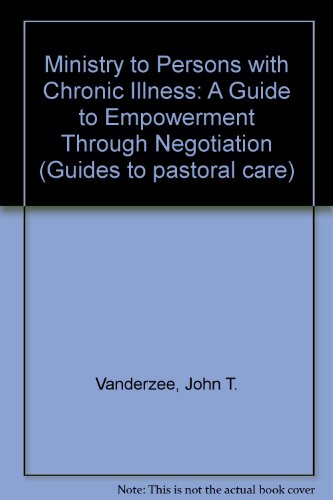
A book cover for Ministry to Persons With Chronic Illnesses: A Guide to Empowerment Through Negotiation (Guides to Pastoral Care); John T. Vanderzee; Christian Books & Bibles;